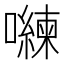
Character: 𭌈